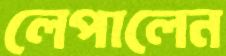
লেপালেন